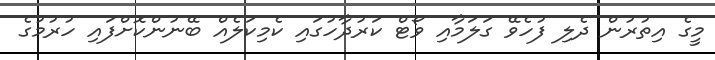
މީގެ އިތުރުން ދެލި ފުހެވޭ ގަލަމާއި ވޯޓް ކަރުދާހުގައި ކެމިކަލެއް ބޭނުންކޮށްފައި ހުރުމުގެ